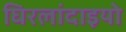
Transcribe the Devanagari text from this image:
घिरलांदाइयो